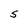
Character: s